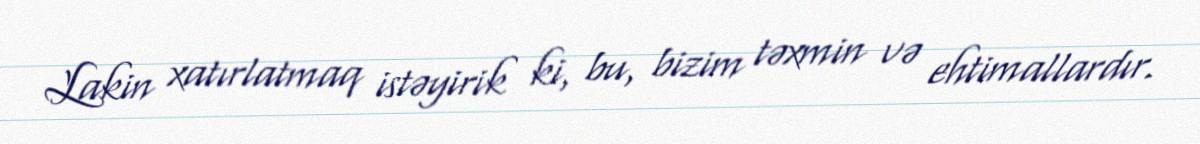
Lakin xatırlatmaq istəyirik ki, bu, bizim təxmin və ehtimallardır.